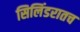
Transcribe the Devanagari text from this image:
सिलिंडरातच